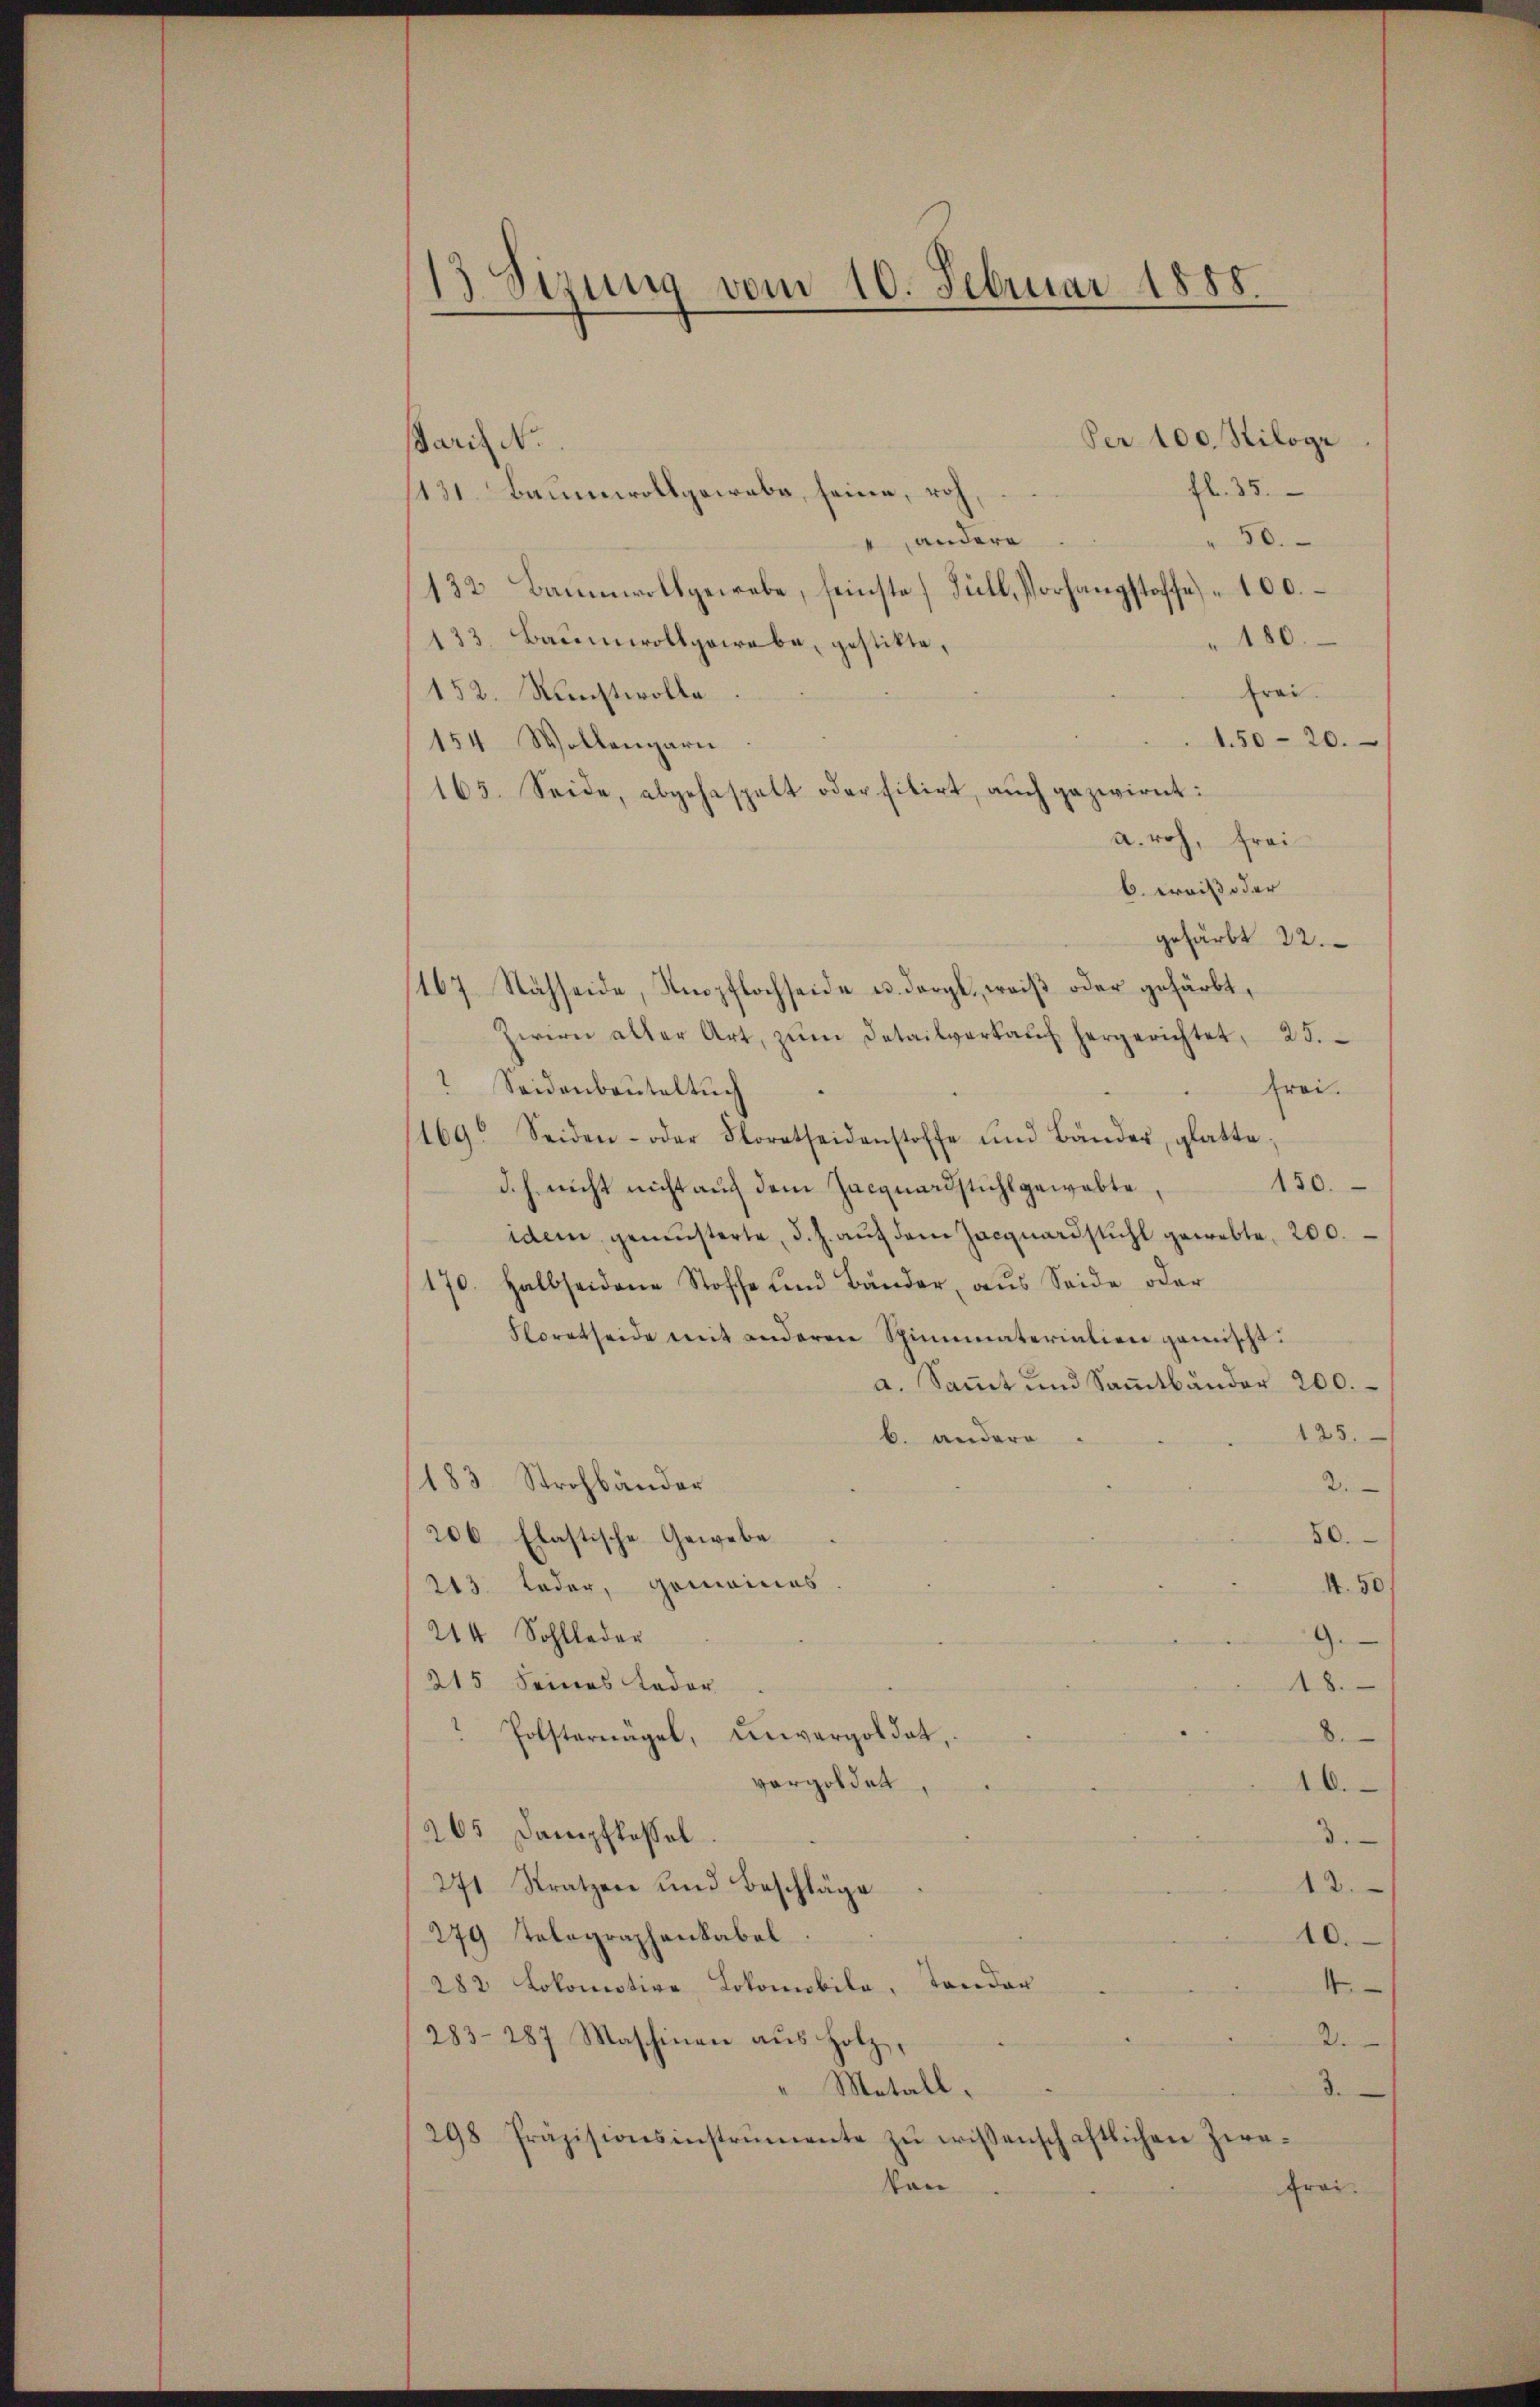
13 Sizung vom 10. Februar 1888.

Per 100. Kiloge
Paris No.
fl. 35.
1131. Baumwollgewebe, seine, roh
50.
 andere
132 Baumwollgewebe, seinste Füll, Vorhangstoffe 100.
180.
133. Baumwollpowebe, gestitte,
Frai
152. Nachtwolle.
1.50 - 20.
154 Wollengarn
165. Seide, abgehaspelt oder fitirt, auch gezwirnt:
a. roh, frei
b. weiß oder
gefärbt 22.
167. Nähseide, Kepflochseide u. darge, weiß oder gefärbt,
Zwirn aller Art, zŭm Detailverkaŭf hergerichtet, 25.
 Seidenbauteltuch
frei.
1469. Seiden- oder Floratheidenstoffe und Bänder, glatte,
150.
d. h. nicht nicht auch dem Jacquardstuhlgewalte,
idem gemüsterte, d. J. aŭf dem Jacquardstuhl gewebte, 200.
170. Halbseidene Stoffe und Bänder, aus Seide oder
Floratseide mit anderen Spinnmaterialien gemischt.
a. Sammt und Sammtbänder 200.
125.
b. andere
183. Strohbänder
2.
50.
206 Elastische Gewebe
213. Leder, Gomaines
1.50/
214 Sohlleder
9
215 Seines Lader
18.
8.
Polsternagel, unvergoldet,
vergoldet,
10.
265 Dampflossel
3
12.
271 Stratzen und Beschläge
279 Telegraphenkabel
10.
282 Lokomotive Lokomobile, Tonder
4
283-287 Maschinen aus Holz,
2.
3.
"Metall.
298 Präzisionsinstrumente zŭ wissenschaftlichen Zwe-
von
frei.